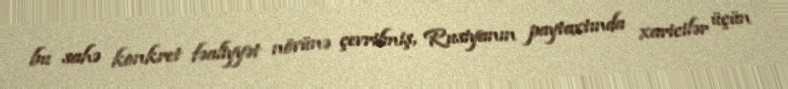
bu sahə konkret fəaliyyət növünə çevrilmiş, Rusiyanın paytaxtında xaricilər üçün